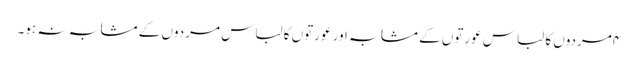
۴مردوں کا لباس عورتوں کے مشابہ اور عورتوں کا لباس مردوں کے مشابہ نہ ہو۔